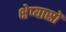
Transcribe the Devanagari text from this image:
क्षेप्यास्रों